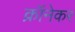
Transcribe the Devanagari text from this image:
क्रॉनेकर